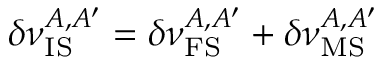
\delta \nu _ { \mathrm { I S } } ^ { A , A ^ { \prime } } = \delta \nu _ { \mathrm { F S } } ^ { A , A ^ { \prime } } + \delta \nu _ { \mathrm { M S } } ^ { A , A ^ { \prime } }